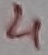
Text: 4